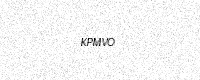
Text: KPMVO